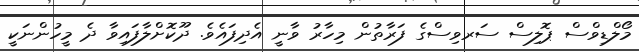
މޯލްޑިވްސް ޕޮލިސް ސަރވިސްގެ ފަރާތުން މިހާރު ވާނީ އެދިފައެވެ. ދޫކޮށްލާފައިވާ ދެ މީހުންނަކީ